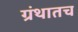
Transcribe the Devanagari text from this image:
ग्रंथातच